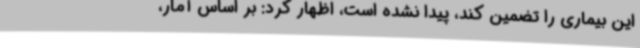
این بیماری را تضمین کند، پیدا نشده است، اظهار کرد: بر اساس آمار،